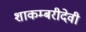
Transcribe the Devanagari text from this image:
शाकम्बरीदेवी